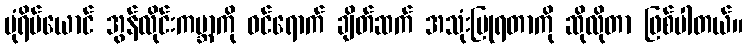
ပုံရိပ်ယောင် အွန်လိုင်းကမ္ဘာကို ဝင်ရောက် ချိတ်ဆက် အသုံးပြုရတာကို ဆိုလိုတာ ဖြစ်ပါတယ်။